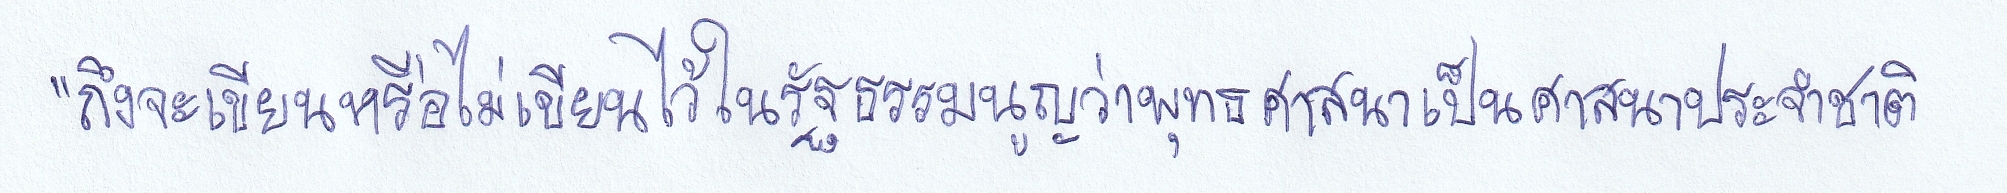
"ถึงจะเขียนหรือไม่เขียนไว้ในรัฐธรรมนูญว่าพุทธศาสนาเป็นศาสนาประจำชาติ